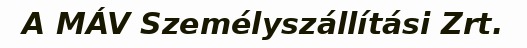
A MÁV Személyszállítási Zrt.